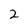
Character: 2